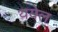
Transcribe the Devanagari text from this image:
थयेल